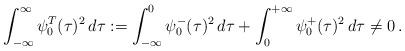
LaTeX: \begin{align*}\int_{-\infty}^\infty \psi_0^{T} (\tau)^2 \, d\tau := \int_{-\infty}^0 \psi_{0}^-(\tau)^2\,d\tau + \int^{+\infty}_0 \psi_{0}^+(\tau)^2\,d\tau \neq 0\,.\end{align*}